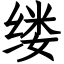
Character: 缕